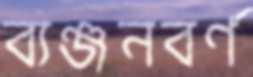
ব্যঞ্জনবর্ণ